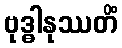
ဗုဒ္ဓါနုဿတိံ